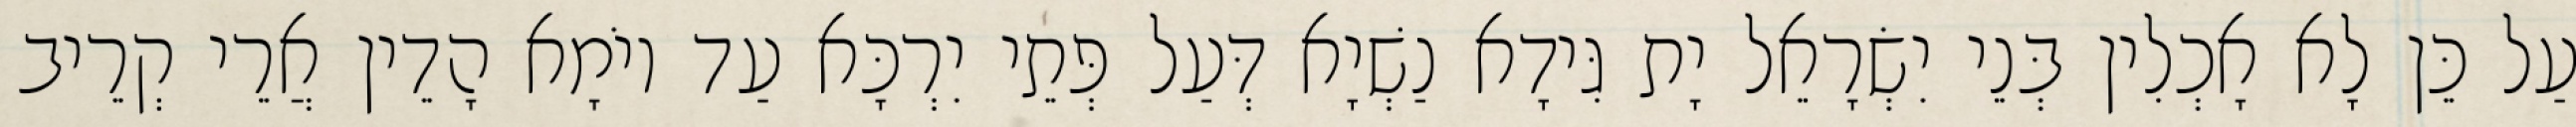
עַל כֵּן לָא אָכְלִין בְּנֵי יִשְׂרָאֵל יָת גִּידָא נַשְׁיָא דְּעַל פְּתֵי יִרְכָּא עַד יוֹמָא הָדֵין אֲרֵי קְרֵיב